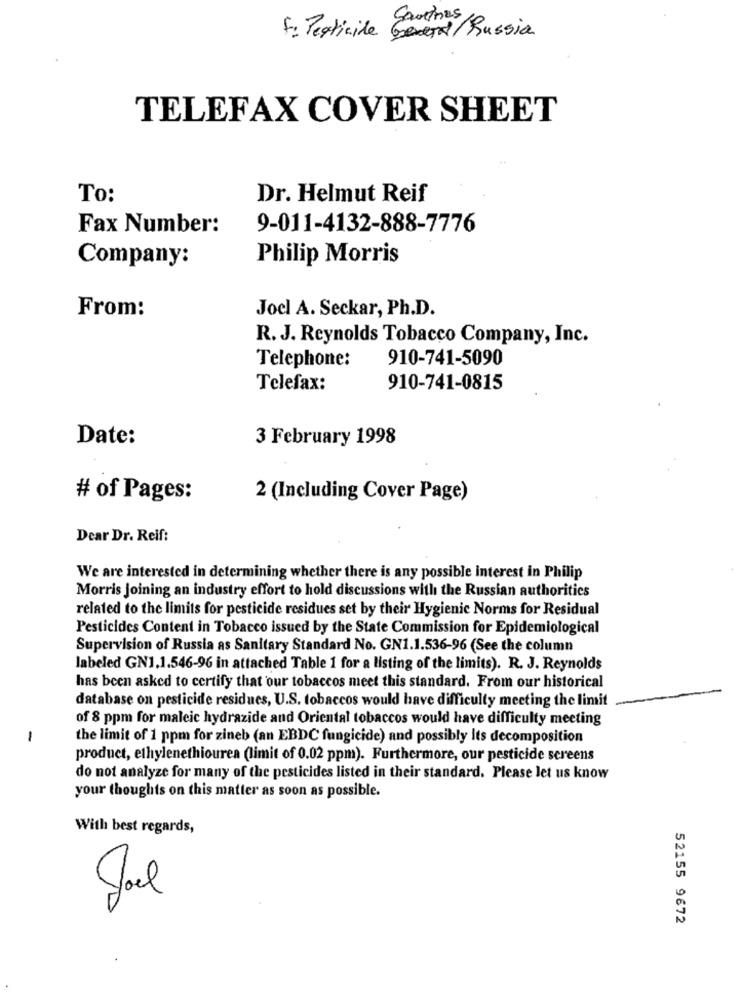
Sautres
F= Pesticide General/ Russia
TELEFAX COVER SHEET
To:
Dr. Helmut Reif
Fax Number:
9-011-4132-888-7776
Company:
Philip Morris
From:
Joel A. Seckar, Ph.D.
R. J. Reynolds Tobacco Company, Inc.
Telephone:
910-741-5090
Telefax:
910-741-0815
Date:
3 February 1998
# of Pages:
2 (Including Cover Page)
Dear Dr. Reif:
We are interested in determining whether there is any possible interest in Philip
Morris Joining an industry effort to hold discussions with the Russian authorities
related to the limits for pesticide residues set by their Hygienic Norms for Residual
Pesticides Content in Tobacco issued by the State Commission for Epidemiological
Supervision of Russia as Sanitary Standard No. GN1.1.536-96 (See the column
labeled GN1.1.546-96 in attached Table 1 for a listing of the limits). R. J. Reynolds
has been asked to certify that our tobaccos meet this standard. From our historical
database on pesticide residues, U.S. tobaccos would have difficulty meeting the limit
of 8 ppm for maleic hydrazide and Oriental tobaccos would have difficulty meeting
-
the limit of 1 ppm for zineb (an EBDC fungicide) and possibly Its decomposition
product, ethylenethiourea (limit of 0.02 ppm). Furthermore, our pesticide screens
do not analyze for many of the pesticides listed in their standard. Please let us know
your thoughts on this matter as soon as possible.
With best regards,
Joel
52155 9672